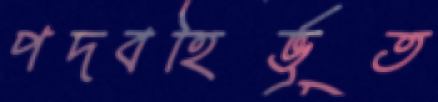
পদবহির্ভূত